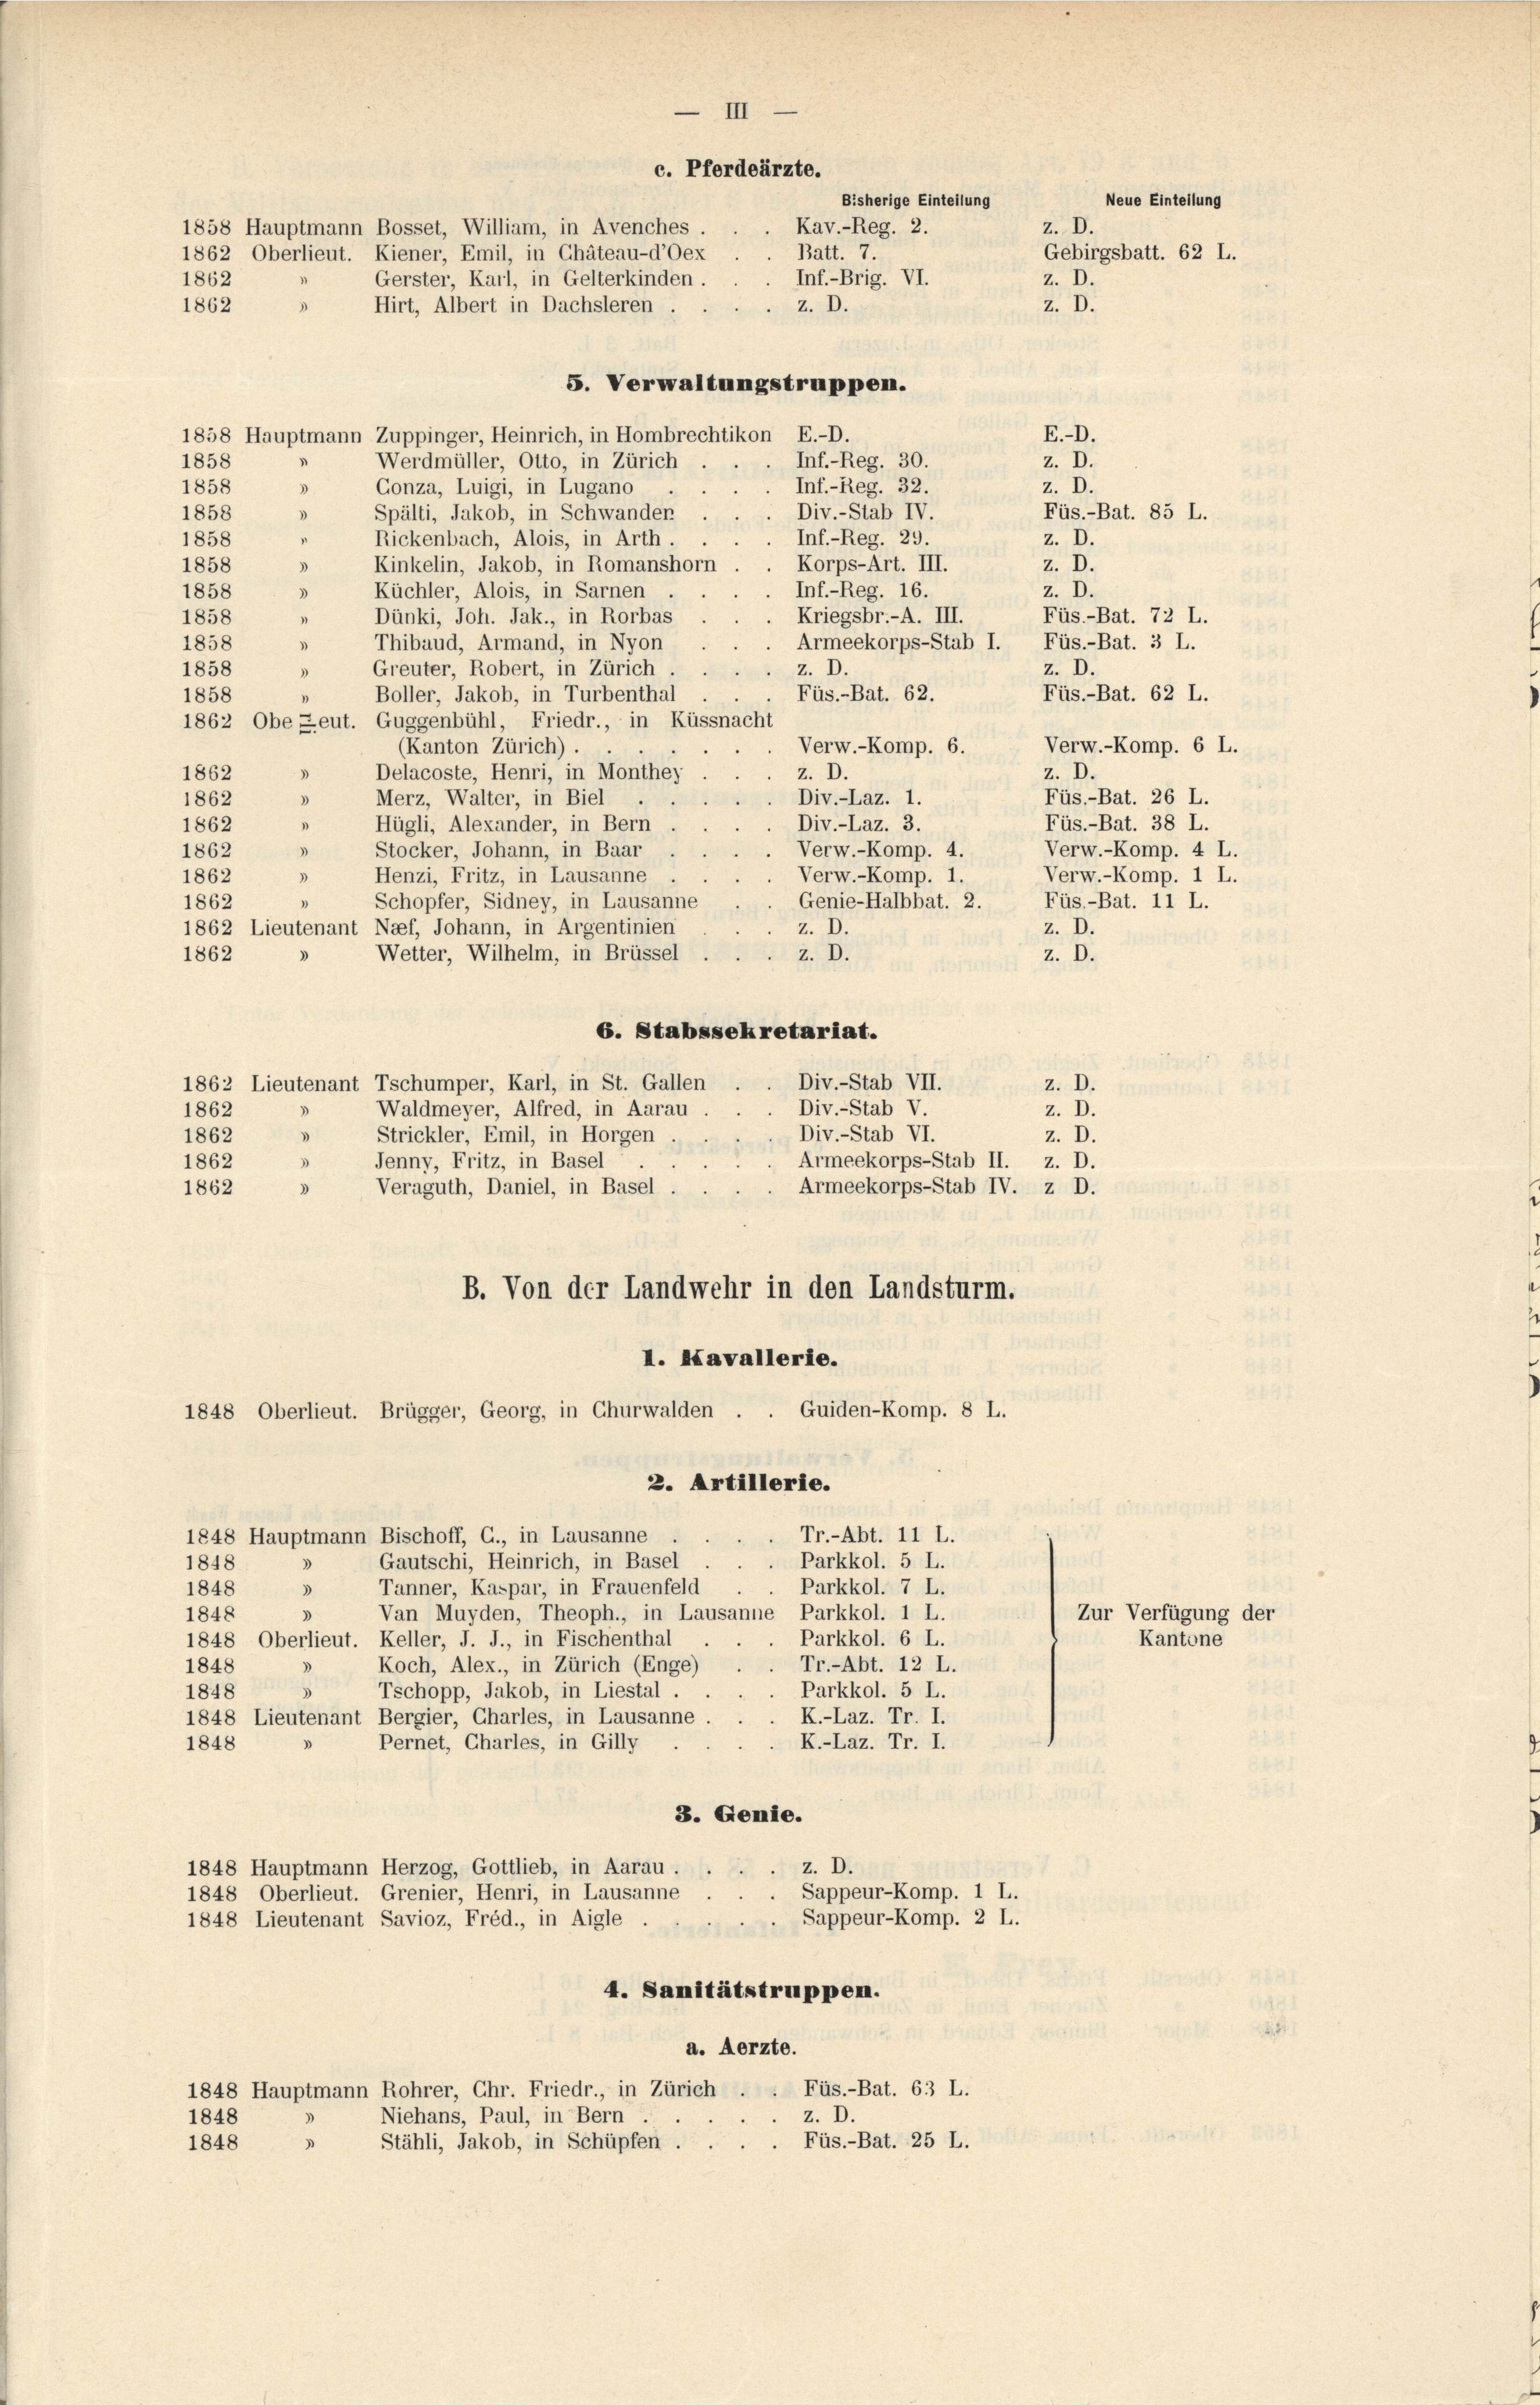
III
c. Pferdeärzte.
Neue Einteilung
Bisherige Einteilung
z. D.
1858 Hauptmann Bosset, William, in Avenches
Kav.-Reg. 2.
1862 Oberlieut. Kiener, Emil, in Chäteau-d’Oex
Gebirgsbatt. 62 L.
Batt. 7.
1862
Inf.-Brig. VI.
Gerster, Karl, in Gelterkinden.
z. D.
3
z. D.
z. D.
1862
Hirt, Albert in Dachsleren

5. Verwaltungstruppen.
1858 Hauptmann Zuppinger, Heinrich, in Hombrechtikon E.-D.
E.-D.
“
z. D.
Werdmüller, Otto, in Zürich
Inf.-Reg. 30.
1858
1858
Inf.-Reg. 32.
z. D.
3
Gonza, Luigi, in Lugano
Div.-Stab IV.
1858
Füs.-Bat. 85 L.
Spälti, Jakob, in Schwander
3
n
Rickenbach, Alois, in Arth.
1858
Inf.-Reg. 29.
z. D.
Kinkelin, Jakob, in Romanshorn
Korps-Art. III.
3
z. D.
1858
3
Küchler, Alois, in Sarnen
z. D.
Inf.-Reg. 16.
1858
Dünki, Joh. Jak., in Rorbas
1858
Füs.-Bat. 72 L.
Kriegsbr.-A. III.
Thibaud, Armand, in Nyon
Armeekorps-Stab I. Füs.-Bat. 3 L.
1858
Greuter, Robert, in Zürich
z. D.
z. D.
1858
Füs.-Bat. 62 L.
Füs.-Bat. 62.
Boller, Jakob, in Turbenthal
1858
1
1862 Obe Leut. Guggenbühl, Friedr., in Küssnacht
Verw.-Komp. 6 L.
Verw.-Komp. 6.
(Kanton Zürich).
z. D.
1862
Delacoste, Henri, in Monthei
z. D.
3
Merz, Walter, in Biel
3
Füs.-Bat. 26 L.
Div.-Laz. 1.
1862
Div.-Laz. 3.
Hügli, Alexander, in Bern
1
Füs.-Bat. 38 L.
1862
Verw.-Komp. 4.
Stocker, Johann, in Baar
“
1862
Verw.-Komp. 4 L.
Verw.-Komp. 1 L.
Verw.-Komp. 1
Henzi, Fritz, in Lausanne
1862
.
Genie-Halbbat. 2.
Füs.-Bat. 11 L.
Schopfer, Sidney, in Lausanne
1862
1862 Lieutenant Naef, Johann, in Argentinien
z. D.
z. D.
Wetter, Wilhelm, in Brüssel
z. D.
1862
z. D.
6. Stabssekretariat.
1862 Lieutenant Tschumper, Karl, in St. Gallen
Div.-Stab VII.
z. D.
Div.-Stab V.
“
Waldmeyer, Alfred, in Aarau
z. D.
1862
Div.-Stab VI.
1862
Strickler, Emil, in Horgen
z. D.
Jenny, Fritz, in Basel
Armeekorps-Stab II. z. D.
1862
3
Veraguth, Daniel, in Basel.
Armeekorps-Stab IV. z D.
1862
3
B. Von der Landwehr in den Landsturm.
I. Kavallerie.
1848 Oberlieut. Brügger, Georg, in Churwalden . . Guiden-Komp. 8 L.
2. Artillerie.
1848 Hauptmann Bischoff, C., in Lausanne
Tr.-Abt. 11 L.
Gautschi, Heinrich, in Basel . .
Parkkol. 5 L.
1848
Tanner, Kaspar, in Frauenfeld.
Parkkol. 7 L.
1848
1848
Van Muyden, Theoph., in Lausanne Parkkol. 1 L.
3
Zur Verfügung der
1848 Oberlieut. Keller, J. J., in Fischenthal
Parkkol. 6 L.
Kantone
Tr.-Abt. 12 L.
Koch, Alex., in Zürich (Enge)
1848
u
Parkkol. 5 L.
Tschopp, Jakob, in Liestal.
1848
1848 Lieutenant Bergier, Charles, in Lausanne.
K.-Laz. Tr. I.
Pernet, Charles, in Gilly
K.-Laz. Tr. I.
1848
3. Genie.
z. D.
1848 Hauptmann Herzog, Gottlieb, in Aarau .
Sappeur-Komp. 1 L.
1848 Oberlieut. Grenier, Henri, in Lausanne
Sappeur-Komp. 2 L.
1848 Lieutenant Savioz, Fréd., in Aigle
4. Sanitätstruppen.
a. Aerzte.
Füs.-Bat. 63 L.
1848 Hauptmann Rohrer, Chr. Friedr., in Zürich.
z. D.
Niehans, Paul, in Bern
1848
.
Füs.-Bat. 25 L.
Stähli, Jakob, in Schüpfen.
1848